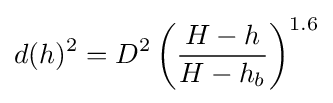
d(h)^{2}={D^{2}}\left({H-h \over H-h_{b}}\right)^{1.6}